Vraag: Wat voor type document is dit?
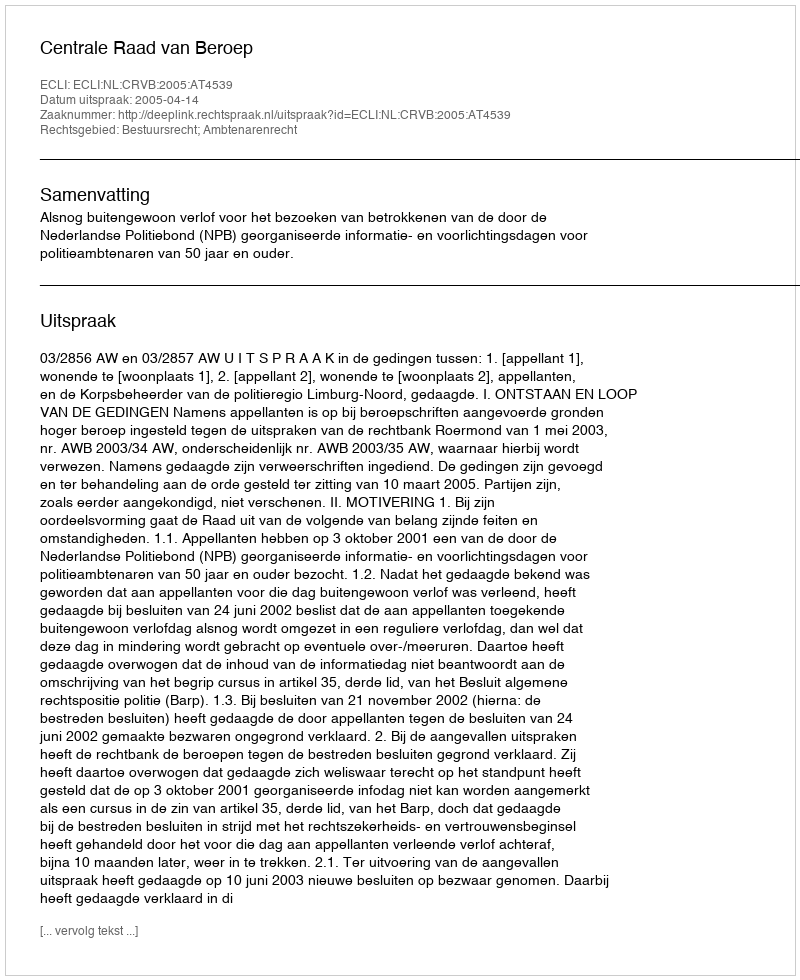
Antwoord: Uitspraak